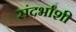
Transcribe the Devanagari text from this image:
संदर्भांशी